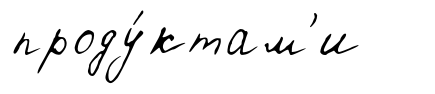
проду́ктам'и